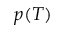
p ( T )